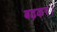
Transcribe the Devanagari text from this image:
बढ़कर।